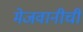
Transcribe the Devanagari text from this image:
मेजवानीची